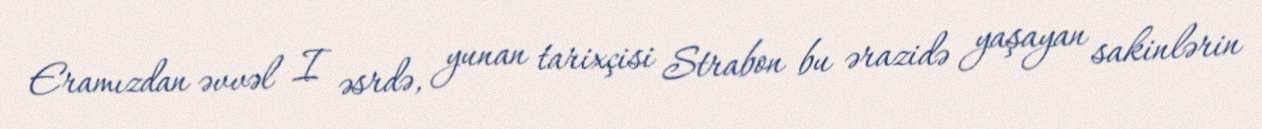
Eramızdan əvvəl I əsrdə, yunan tarixçisi Strabon bu ərazidə yaşayan sakinlərin